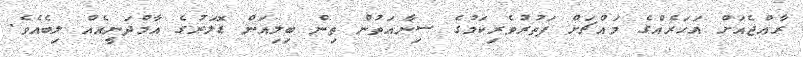
ރާއްޖެއަށް އަހަރެއްގެ މައްޗަށް ފަތުރުވެރިކަމުގެ ސިނާއަތުން ތިން ބިލިއަން ޑޮލަރުގެ އާމްދަނީއެއް ލިބެއެވެ.